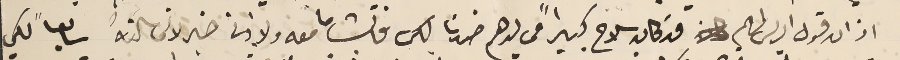
اذ ان قول الريس لهم قد كان سلاح كبيراً في يدهم ضدنا لكن فاتشا ما معه ولا ادنى خبر لانى سالتهُ سابعاً لكي